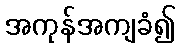
အကုန်အကျခံ၍